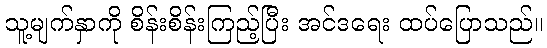
သူ့မျက်နှာကို စိန်းစိန်းကြည့်ပြီး အင်ဒရေး ထပ်ပြောသည်။